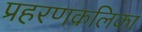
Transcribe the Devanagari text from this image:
प्रहरणकलिका